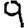
Digit: 9